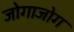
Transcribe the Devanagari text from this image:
जोगाजोग